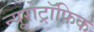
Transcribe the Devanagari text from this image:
न्यूरोट्रॉफ़िक